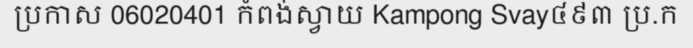
ប្រកាស 06020401 កំពង់ស្វាយ Kampong Svay៤៩៣ ប្រ.ក